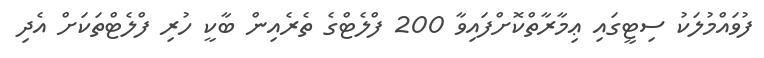
ފުވައްމުލަކު ސިޓީގައި ޢިމާރާތްކޮށްފައިވާ 200 ފްލެޓްގެ ތެރެއިން ބާކީ ހުރި ފްލެޓްތަކަށް އެދި